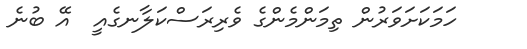
ހަމަކަށަވަރުން ތިމަންމެންގެ ވެރިރަސްކަލާނގެއީ  އޭ ބުނެ